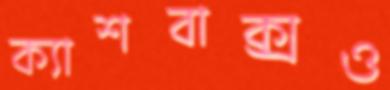
ক্যাশবাক্সও